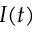
I ( t )